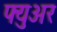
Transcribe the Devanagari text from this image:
फ्युअर